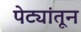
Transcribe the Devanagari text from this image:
पेट्यांतून